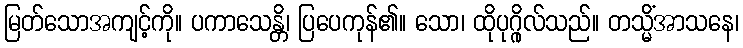
မြတ်သောအကျင့်ကို။ ပကာသေန္တိ၊ ပြပေကုန်၏။ သော၊ ထိုပုဂ္ဂိုလ်သည်။ တသ္မိံအာသနေ၊